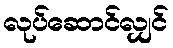
လုပ်ဆောင်လျှင်